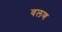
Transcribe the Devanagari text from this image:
वलण